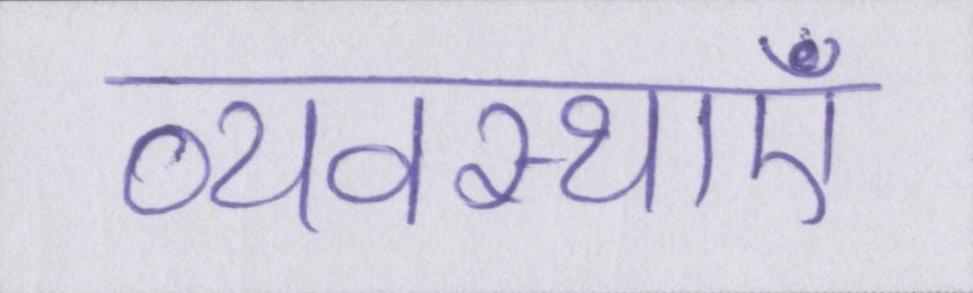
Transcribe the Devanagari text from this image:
व्यवस्थाएं